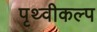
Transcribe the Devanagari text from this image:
पृथ्वीकल्प